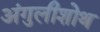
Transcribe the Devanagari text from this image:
अंगुलीशोथ